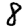
Digit: 8